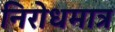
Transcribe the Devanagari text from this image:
निरोधमात्र